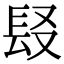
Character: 𨱣